Vaccination United Provinces of Agra and Oudh 1923-1928 - 1923-1928
Year: 1923
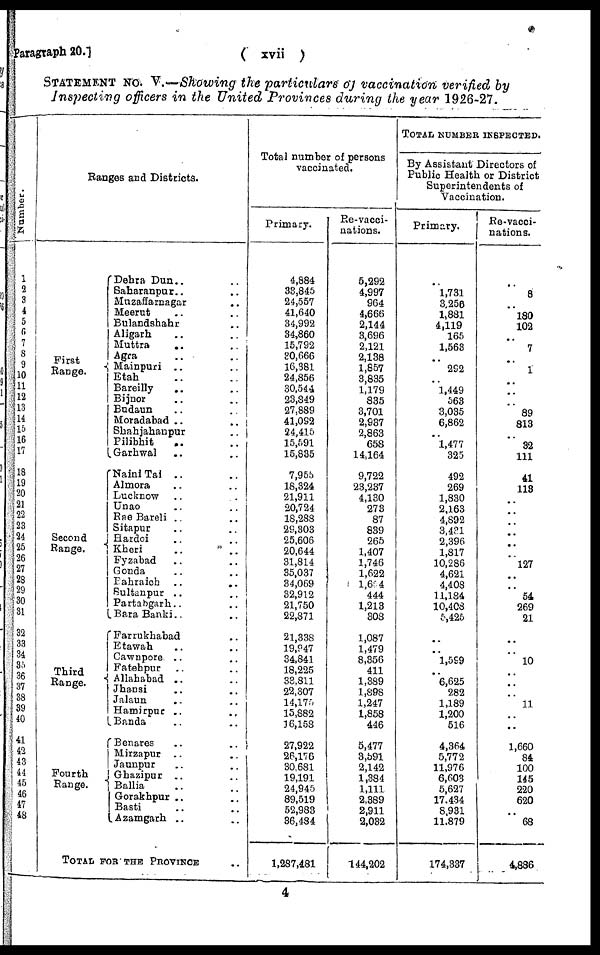
Paragraph 20.]
( xvii )
STATEMENT No. V.—Showing the particulars of vaccination verified by
Inspecting officers in the United Provinces during the year 1926-27.
Number.
1
2
3
4
5
6
7
8
9
10
11
12
13
14
15
16
17
18
19
20
21
22
23
24
25
26
27
23
29
30
31
32
33
34
35
36
37
38
39
40
41
42
43
44
45
46
47
48
Ranges and Districts.
First
Range.
Second
Range.
Third
Range.
Fourth
Range.
Dehra Dun.. ..
Saharanpur.. ..
Muzaffarnagar ..
Meerut .. ..
Bulandshahr ..
Aligarh .. ..
Muttra .. ..
Agra .. ..
Mainpuri .. ..
Etah .. ..
Bareilly
.. ..
Bijnor .. ..
Budaun .. ..
Moradabad .. ..
Shahjahanpur ..
Pilibhit .. ..
Garhwal .. ..
Nainl Tai .. ..
Almora .. ..
Lucknow .. ..
Unao .. ..
Rae Bareli .. ..
Sitapur .. ..
Hardoi .. ..
Kheri .. ..
Fyzabad .. ..
Gonda .. ..
Bahraich ..
..
Sultanpur .. ..
Partabgarh.. ..
Bara Banki.. ..
Farrukhabad ..
Etawah .. ..
Cawnpore .. ..
Fatehpur .. ..
Allahabad .. ..
Jhansi .. ..
Jalaun .. ..
Hamirpur .. ..
Banda .. ..
Benares .. ..
Mirzapur .. ..
Jaunpur .. ..
Ghazipur .. ..
Ballia .. ..
Gorakhpur .. ..
Basti .. ..
Azamgarh .. ..
TOTAL FOR THE PROVINCE ..
Total number of persons
vaccinated.
Primary.
4,884
33,845
24,557
41,640
34,992
34,860
15,792
30,666
16,381
24,856
30,544
23,849
27,889
41,092
24,415
15,591
15,835
7,955
18,324
21,911
20,724
18,288
29,303
25,606
20,644
31,814
35,037
34,069
32,912
21,750
22,871
21,338
19,947
34,841
18,225
33,811
22,307
14,175
15,882
16,158
27,922
26,176
30,681
19,191
24,945
89,519
52,983
36,484
1,287,481
Re-vacci-
nations.
5,292
4,997
964
4,666
2,144
3,696
2,121
2,138
1,857
3,835
1,179
835
3,701
2,987
2,863
658
14,164
9,722
23,237
4,130
273
87
839
265
1,407
1,746
1,622
l,654
444
1,213
308
1,087
1,479
8,356
411
1,389
1,898
1,247
1,858
446
5,477
3,591
2,142
1,384
1,111
2,389
2,911
2,032
144,202
TOTAL NUMBER INSPECTED.
By Assistant Directors of
Public Health or District
Superintendents of
Vaccination.
Primary.
..
1,731
3,256
1,881
4,119
165
1,563
..
292
..
1,449
563
3,035
6,862
..
1,477
325
492
269
1,830
2,163
4,892
3,431
2,396
1,817
10,286
4,621
4,408
11,184
10,408
5,425
..
..
1,599
..
6,625
282
1,189
1,200
516
4,364
5,772
11,976
6,603
5,627
17,434
8,931
11,879
174,337
Re-vacci¬
nations.
..
8
..
180
102
..
7
..
1
..
..
..
89
813
..
32
111
41
113
..
..
..
..
..
..
127
..
..
54
269
21
..
..
10
..
..
..
11
..
..
1,660
84
100
145
220
620
..
68
4,886
4